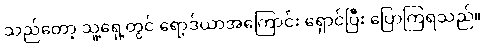
သည်တော့ သူ့ရှေ့တွင် ရော့ဒ်ယာအကြောင်း ရှောင်ပြီး ပြောကြရသည်။